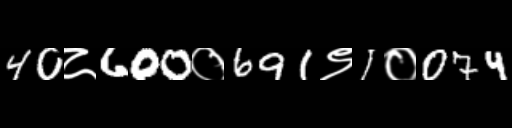
Text: 40८600०691९1०074